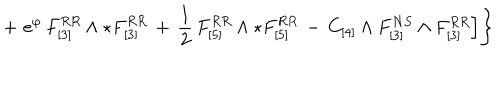
+ \, \, \mathrm { e } ^ { \varphi } \, { F } _ { [ 3 ] } ^ { R R } \wedge \star { F } _ { [ 3 ] } ^ { R R } \, + \, \frac { 1 } { 2 } \, { F } _ { [ 5 ] } ^ { R R } \wedge \star { F } _ { [ 5 ] } ^ { R R } \, - \, C _ { [ 4 ] } \wedge F _ { [ 3 ] } ^ { N S } \wedge F _ { [ 3 ] } ^ { R R } \Big ] \Bigg \}